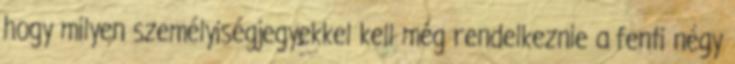
hogy milyen személyiségjegyekkel kell még rendelkeznie a fenti négy